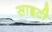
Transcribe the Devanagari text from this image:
साइटी